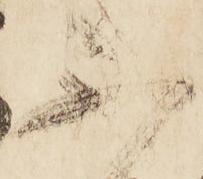
不